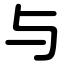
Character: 与